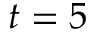
t = 5